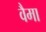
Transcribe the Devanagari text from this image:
वैमा